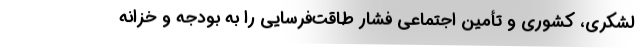
لشکری، کشوری و تأمین اجتماعی فشار طاقت‌فرسایی را به بودجه و خزانه